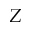
Z